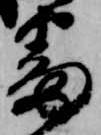
番